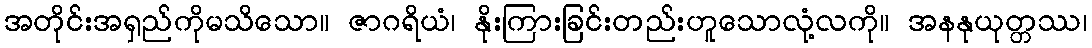
အတိုင်းအရှည်ကိုမသိသော။ ဇာဂရိယံ၊ နိုးကြားခြင်းတည်းဟူသောလုံ့လကို။ အနနုယုတ္တဿ၊